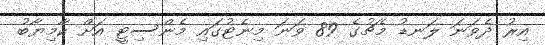
އިރު ދެވަނަ ލަނޑު މެޗުގެ 89 ވަނަ މިނެޓުގައި މެންސިޓީ އަށް ކާމިޔާބު